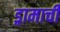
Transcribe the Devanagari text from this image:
ड्रामाची